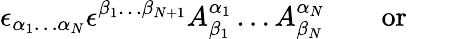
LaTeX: \epsilon_{\alpha_{1}\ldots\alpha_{N}}\epsilon^{\beta_{1}\ldots\beta_{N+1}}A_{\beta_{1}}^{\alpha_{1}}\ldots A_{\beta_{N}}^{\alpha_{N}}\qquad\mathrm{or}\qquad